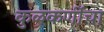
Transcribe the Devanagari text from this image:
कुळकर्णींचा